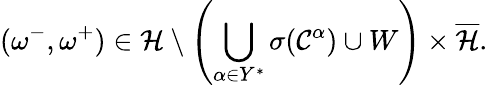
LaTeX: (\omega^{-},\omega^{+})\in\mathcal{H}\setminus\left(\bigcup_{\alpha\in Y^{*}}\sigma(\mathcal{C}^{\alpha})\cup W\right)\times\overline{{\mathcal{H}}}.